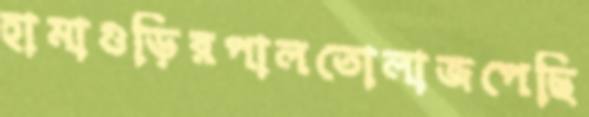
হামাগুড়িরপালতোলাজপেছি